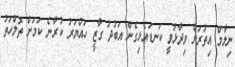
ނިލާމް އިތުރަށް ވިދާޅުވީ ކަނޑައެޅިގެން އަބުދު ގާޒީ ހައްޔަރު ކުރާނެ ކަމަށް ތޮލްހަތު